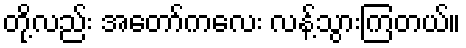
တို့လည်း အတော်ကလေး လန့်သွားကြတယ်။